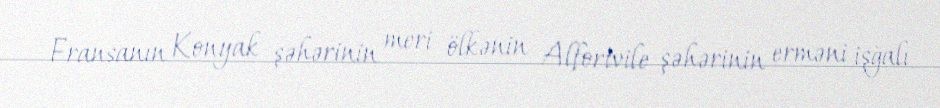
Fransanın Konyak şəhərinin meri ölkənin Alfortvile şəhərinin erməni işğalı